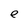
Character: e